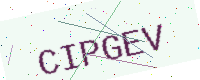
Text: CIPGEV